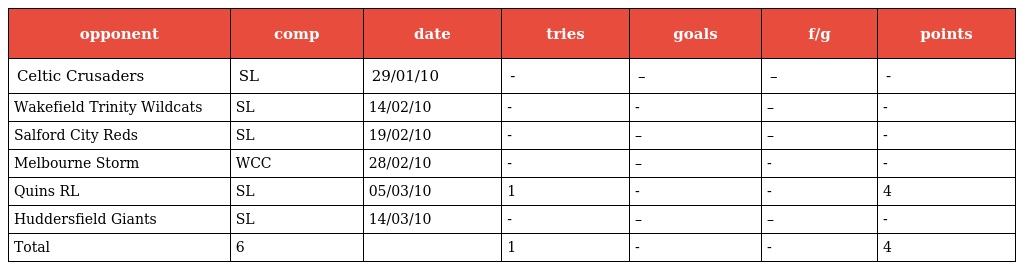
| opponent | comp | date | tries | goals | f/g | points |
 | --- | --- | --- | --- | --- | --- | --- |
 | Celtic Crusaders | SL | 29/01/10 | - | – | – | - |
 | Wakefield Trinity Wildcats | SL | 14/02/10 | - | - | – | - |
 | Salford City Reds | SL | 19/02/10 | - | – | – | - |
 | Melbourne Storm | WCC | 28/02/10 | - | – | - | - |
 | Quins RL | SL | 05/03/10 | 1 | - | - | 4 |
 | Huddersfield Giants | SL | 14/03/10 | - | – | – | - |
 | Total | 6 |  | 1 | - | - | 4 |